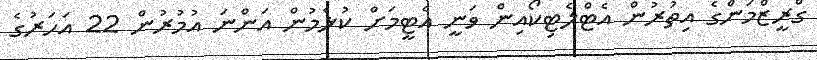
ގްރީޒްމަންގެ އިތުރުން އެޓްލެޓިކޯއިން ވަނީ އެޓީމަށް ކުޅެމުން އަންނަ އުމުރުން 22 އަހަރުގެ